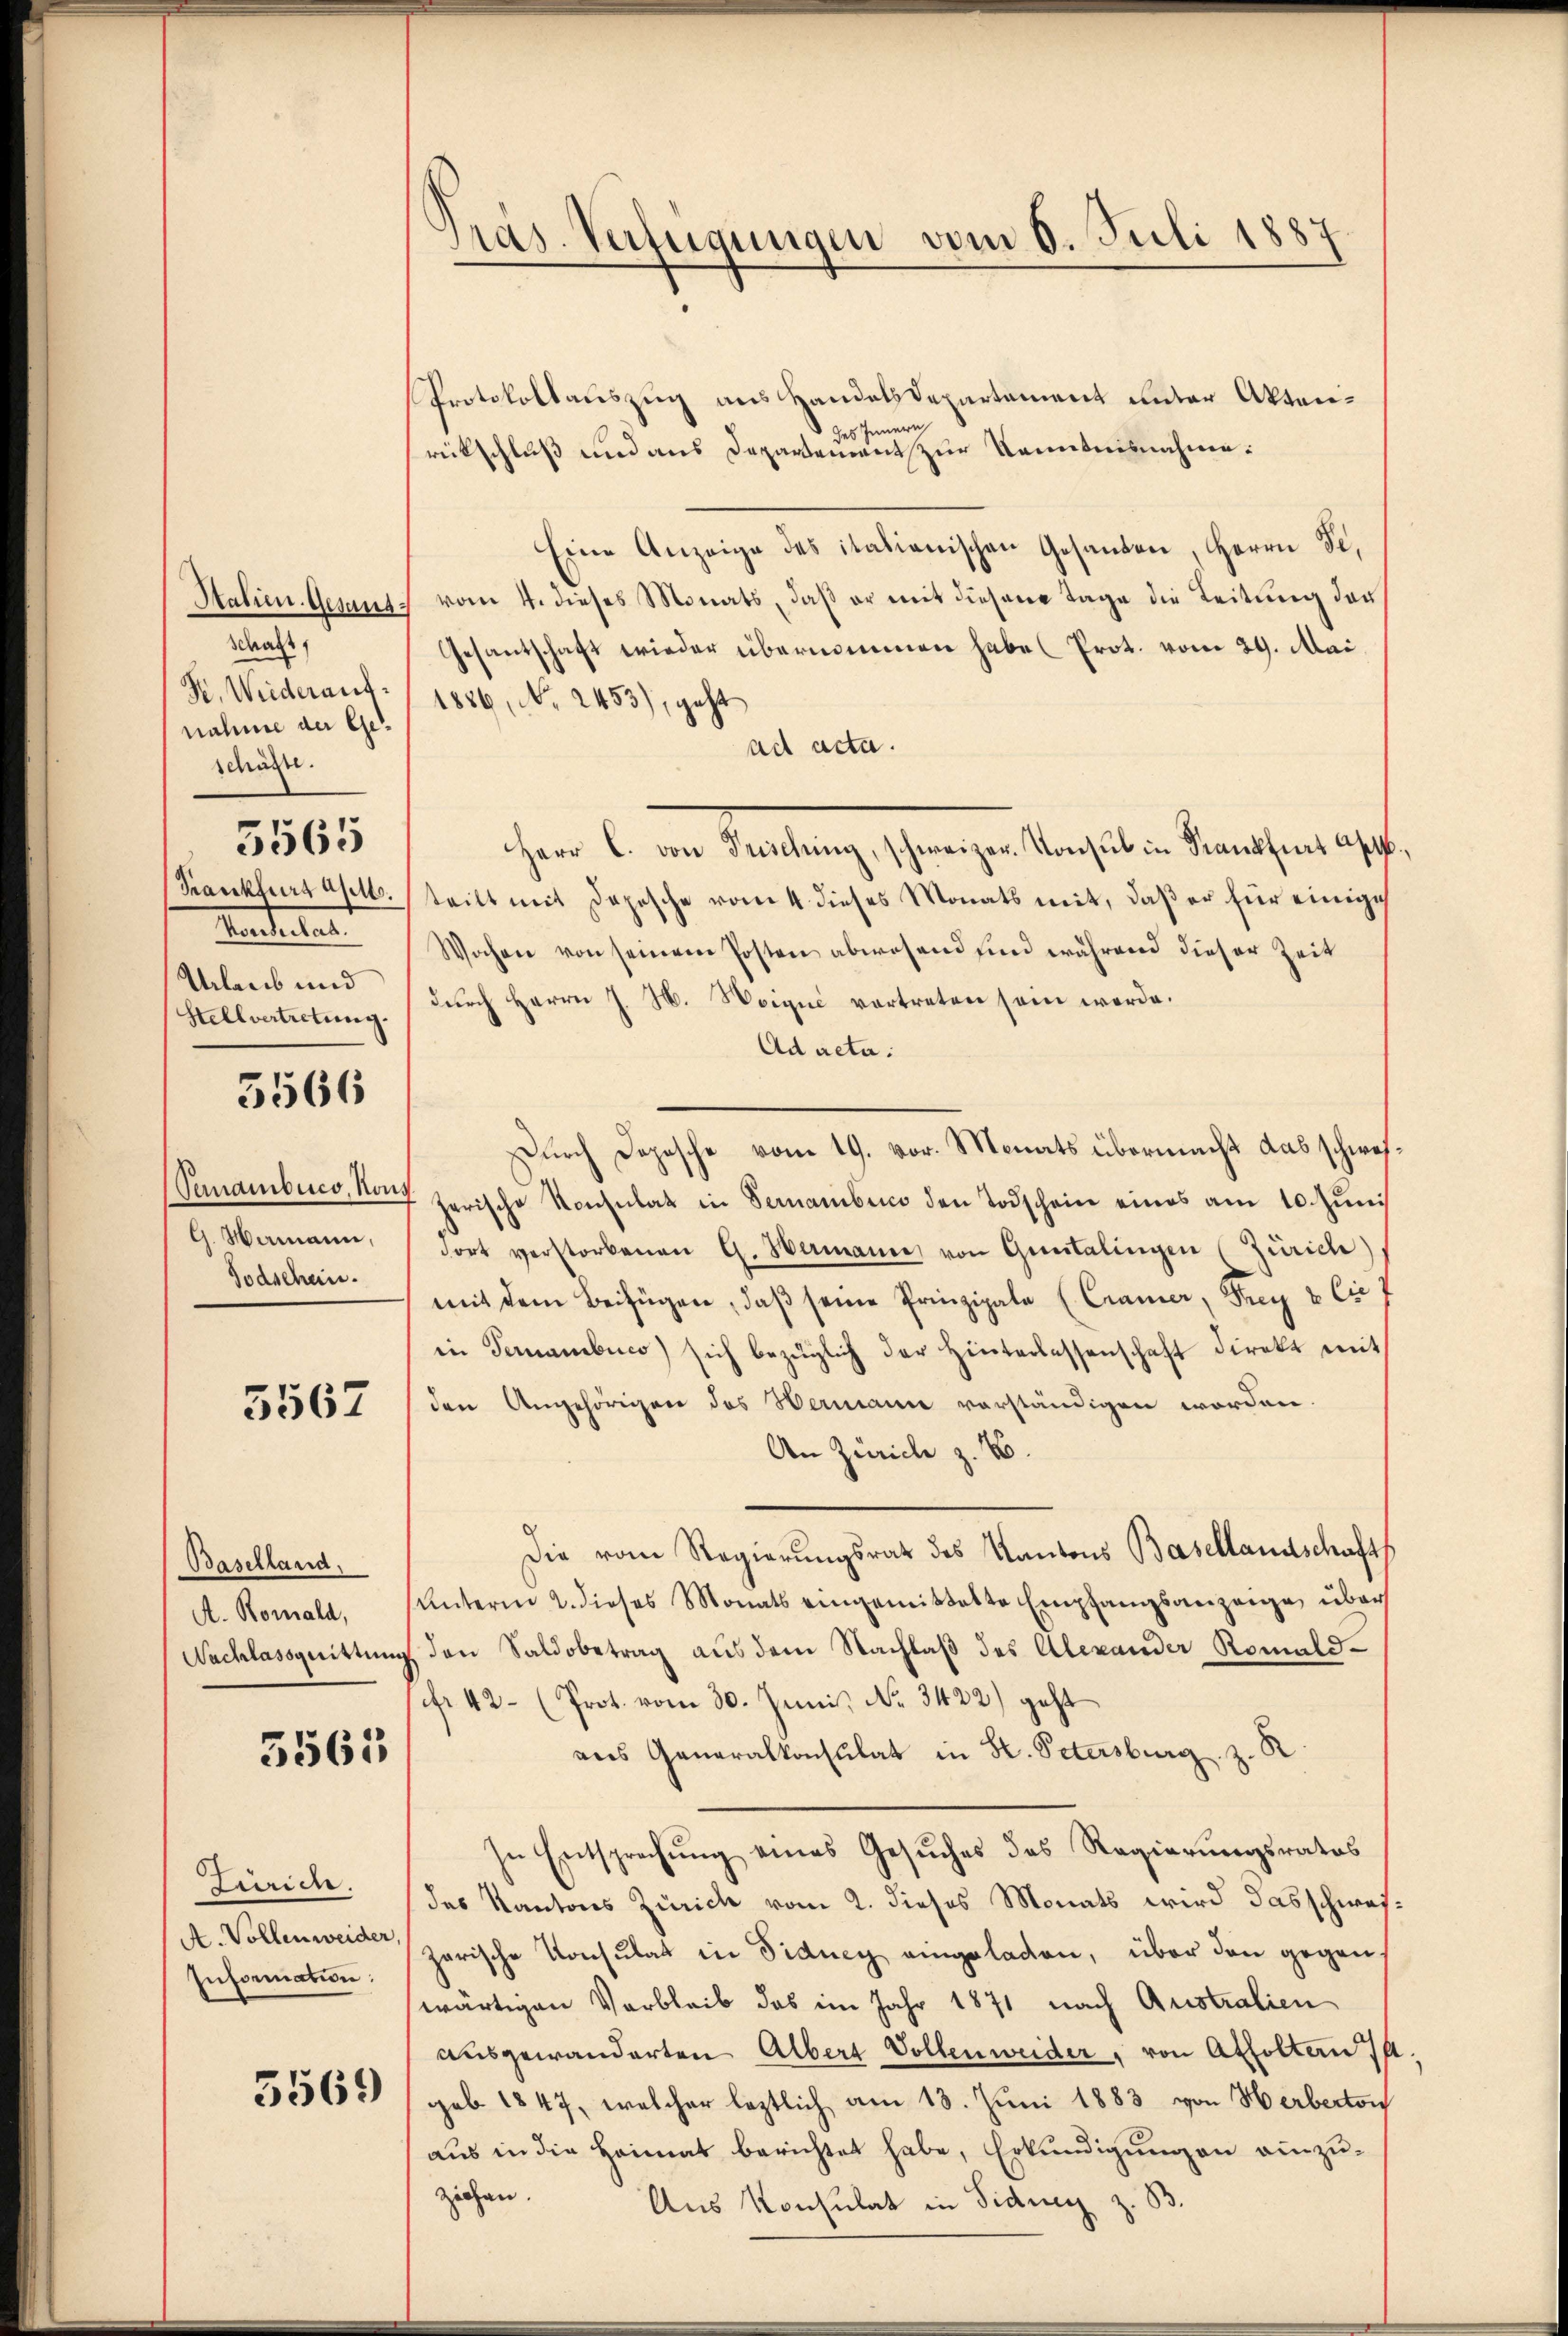
Salien. Gesandschaft,
Fr. Weideraufnahme an Geschäfte.
5565
Krankfurt apll.
Tanterlan
Urlaub und
Stellvertretung.

5566

G. Mamann,
Todschein.

5567

Baselland,
A. Romald,
Nachlassquittun

3565

Züric
A. Vollenweider
Information:

5561)

Präs. Verfügungen vom 6. Juli 1887

Protokollauszug aus Handelsdepartement unter Aktene
ses Inn
rückschluß und aus Departement zur Kenntnisnahme:
Eine Anzeige des italienischen Gesanden, Herrn Se.
vom 4. dieses Monats, daß er mit diesem Tage die Leitung der
Gesantschaft wieder übernommen habe (Prot. vom 29. Mai,
1886, No 2453), geht
ad acta.
Herr C. von Frisching, schweizer Konsul in Krankfurt Apt,
teilt mit Depesche vom 4. dieses Monats mit, daß er für einige
Wochen von seinem Posten abwesend sind während dieser Zeit
dŭrch Herrn J. H. Woique vortreten sein werde.
Ad acta.
Durch Depesche vom 19. vor. Monats übermacht das schwei¬
Panambico, No zerische Konsulat in Serarben den Todschein eines am 10. Jŭni
fort verstorbenen G. Hermanne von Greitalingen (Zürich)
mit dem Beifügen, daß seine Prinzipale (Cramer, Frey & Cie 7
in Teranebico) sich bezüglich der Hinterlassenschaft direkt mit
den Angehörigen des Hermann vorständigen worden.
An Zürich z. B.
Die vom Regierungsrath des Kantons Basellandschafts
Unterm 2. dieses Monats eingemittelte Empfangsanzeige, über
 den Saldobetrag aus dem Nachlaß des Alexander Romald¬
Nr 42 (Prot. vom 30. Juni, No. 3422) geht
ans Generalkonsulat in Hr. Petersburg z.
In Entsprechŭng eines Gesŭches des Regierungsrates
des Kantons Zürich vom 2. dieses Monats wird das schweizarische Konsulat in Fiducy eingeladen, über den gegen
wärtigen Verbleib das im Jahr 1871 nach Australien
ausgewanderten Albert Vollenweider, von Affolten 14
geb. 1847, welcher leztlich am 13. Juni 1883 von Herberton
aus in die Heimat berichtet habe, Erkundigungen einzu-
ziehen.
Aus Konsulat in Sidung z.